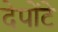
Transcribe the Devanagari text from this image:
देपोंटे